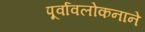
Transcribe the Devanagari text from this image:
पूर्वावलोकनाने